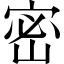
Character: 密